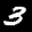
Label: 3